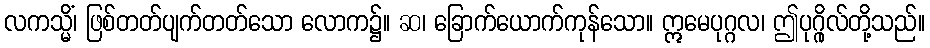
လကသ္မိံ၊ ဖြစ်တတ်ပျက်တတ်သော လောက၌။ ဆ၊ ခြောက်ယောက်ကုန်သော။ ဣမေပုဂ္ဂလ၊ ဤပုဂ္ဂိုလ်တို့သည်။